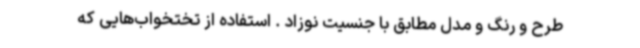
طرح و رنگ و مدل مطابق با جنسیت نوزاد . استفاده از تختخواب‌هایی که